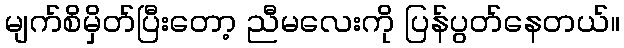
မျက်စိမှိတ်ပြီးတော့ ညီမလေးကို ပြန်ပွတ်နေတယ်။